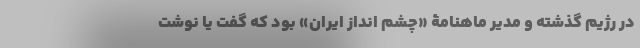
در رژیم گذشته و مدیر ماهنامۀ «چشم انداز ایران» بود که گفت یا نوشت